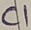
Text: C1